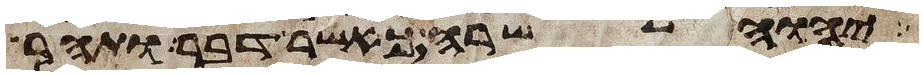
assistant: יהוה לשרה כאשר דבר ותהר